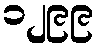
၁၂၉၉